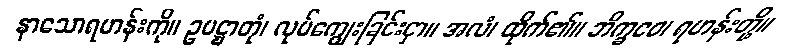
နာသောရဟန်းကို။ ဥပဋ္ဌာတုံ၊ လုပ်ကျွေးခြင်းငှာ။ အလံ၊ ထိုက်၏။ ဘိက္ခဝေ၊ ရဟန်းတို့။